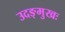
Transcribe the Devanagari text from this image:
उदङ्मुखः